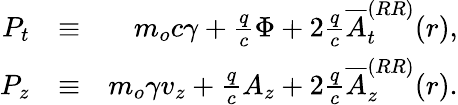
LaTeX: \begin{array}{rlr}{P_{t}}&{\equiv}&{m_{o}c\gamma+\frac{q}{c}\Phi+2\frac{q}{c}\overline{{A}}_{t}^{(RR)}(r),}\\ {P_{z}}&{\equiv}&{m_{o}\gamma v_{z}+\frac{q}{c}A_{z}+2\frac{q}{c}\overline{{A}}_{z}^{(RR)}(r).}\end{array}